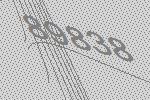
89838